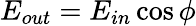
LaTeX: E_{out}=E_{in}\cos\phi